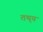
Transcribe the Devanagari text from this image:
तथ्‌य